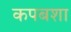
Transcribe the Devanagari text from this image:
कपबशा